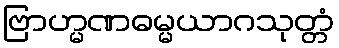
ဗြာဟ္မဏဓမ္မယာဂသုတ္တံ